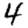
Digit: 4